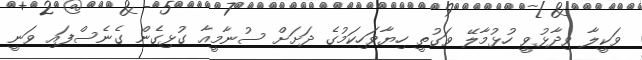
ވަކީލާ ވިދާޅުވީ ހުޅުމާލޭ ވަގުތީ ހިޔާވަހިކަމުގެ ދަށަށް ސުނާމީއާ ގުޅިގެން ގެނެސްފައި ވަނީ